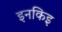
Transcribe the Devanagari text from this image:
इनकिइ